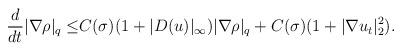
LaTeX: \begin{align*}\frac{d}{dt}|\nabla \rho|_q\leq& C(\sigma)(1+|D( u)|_\infty)|\nabla \rho|_q+C(\sigma)(1+|\nabla u_t|^2_2).\end{align*}